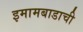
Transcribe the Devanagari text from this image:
इमामबाडाची